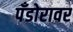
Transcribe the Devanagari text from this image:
पँडोरावर